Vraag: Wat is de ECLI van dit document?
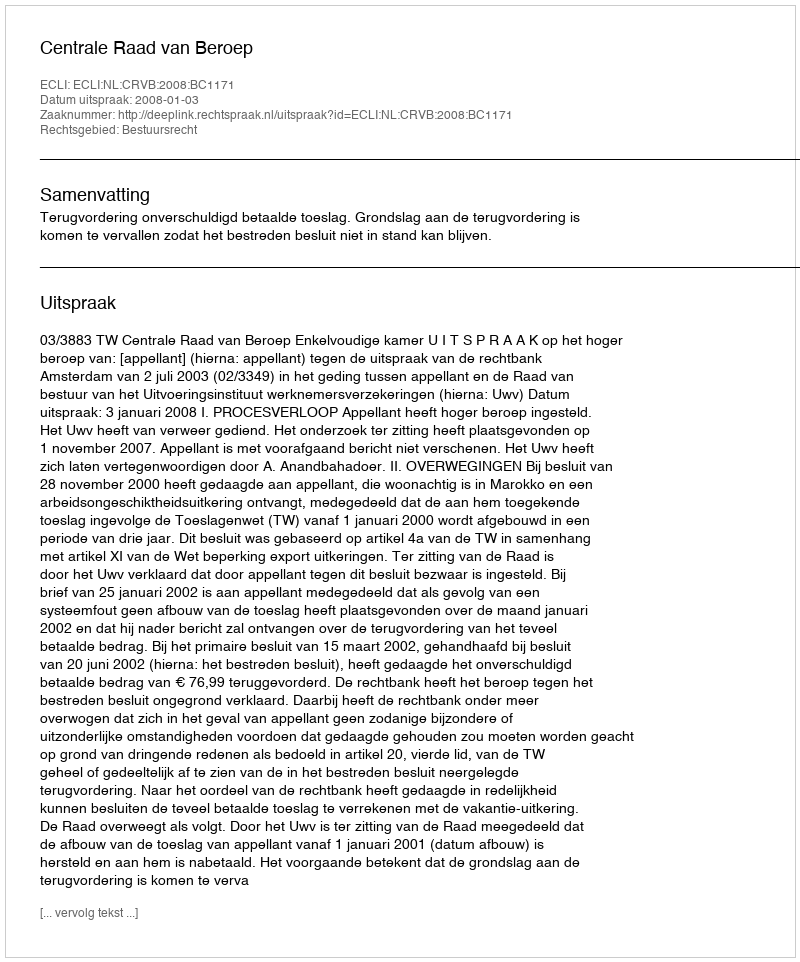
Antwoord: ECLI:NL:CRVB:2008:BC1171